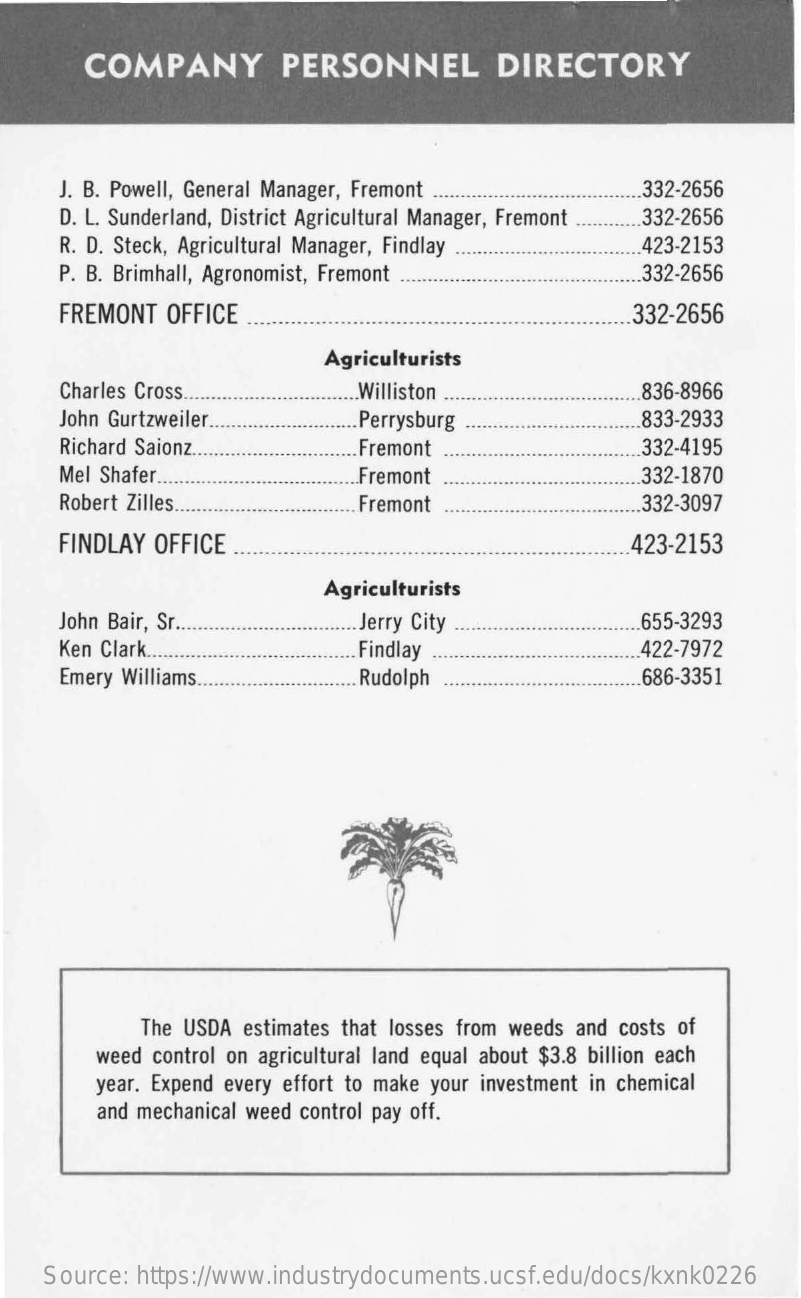
COMPANY    PERSONNEL    DIRECTORY
     J. B. Powell, General Manager, Fremont    332-2656
     D. L. Sunderland, District Agricultural Manager, Fremont .332-2656
     R. D. Steck, Agricultural Manager, Findlay    423-2153
     P. B. Brimhall, Agronomist, Fremont    332-2656
     FREMONT  OFFICE    332-2656
     Agriculturists
     Charles Cross    Williston    836-8966
     John Gurtzweiler.    Perrysburg    833-2933
     Richard Saionz.    Fremont    332-4195
     Mel Shafer.    Fremont    332-1870
     Robert Zilles.    Fremont    332-3097
     FINDLAY OFFICE    423-2153
     Agriculturists
     John Bair, Sr ..    Jerry City    655-3293
     Ken Clark.    Findlay    422-7972
     Emery Williams    Rudolph    686-3351
     The USDA estimates that losses from weeds and costs of
     weed control on agricultural land equal about $3.8 billion each
     year. Expend every effort to make your investment in chemical
     and mechanical weed control pay off.
    Source: https://www.industrydocuments.ucsf.edu/docs/kxnk0226